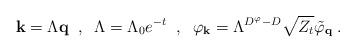
LaTeX: \begin{align*}{\bf{k}} = \Lambda {\bf{q}} \; \; , \; \; \Lambda = \Lambda_0 e^{-t} \; \; , \; \; \varphi_{\bf{k}} = \Lambda^{ D^{\varphi} - D } \sqrt{Z_t} \tilde{\varphi}_{\bf{q}} \; . \end{align*}